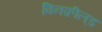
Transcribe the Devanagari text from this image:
विनफ़ील्‌ड